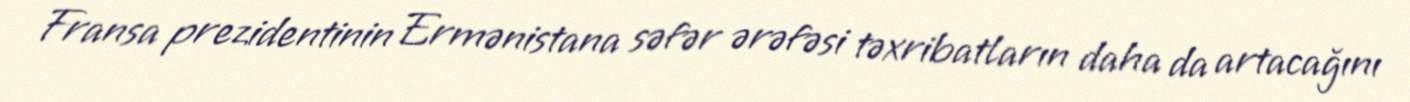
Fransa prezidentinin Ermənistana səfər ərəfəsi təxribatların daha da artacağını